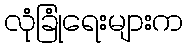
လုံခြုံရေးများက